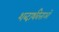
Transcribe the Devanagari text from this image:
शब्दार्थवेत्ताओं